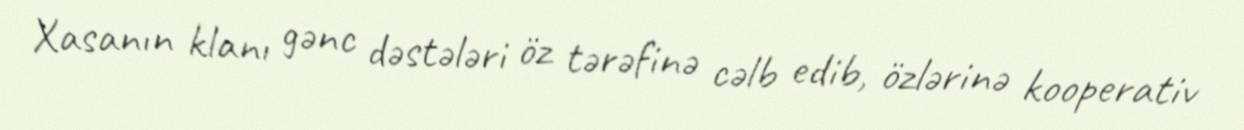
Xasanın klanı gənc dəstələri öz tərəfinə cəlb edib, özlərinə kooperativ